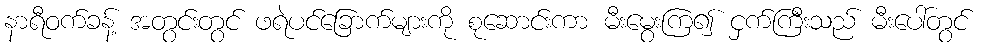
နာရီဝက်ခန့် အတွင်းတွင် ဖရဲပင်ခြောက်များကို စုဆောင်းကာ မီးမွေးကြ၍ ငှက်ကြီးသည် မီးပေါ်တွင်